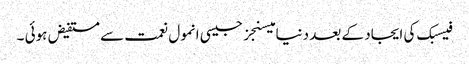
فیسبک کی ایجاد کے بعد دنیا میسنجز جیسی انمول نعمت سے مستفیض ہوئی ۔